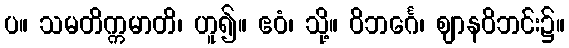
ပ။ သမတိက္ကမာတိ၊ ဟူ၍။ ဧဝံ၊ သို့။ ဝိဘင်္ဂေ၊ ဈာနဝိဘင်း၌။